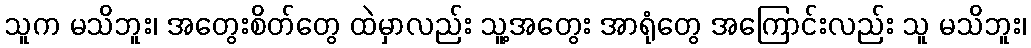
သူက မသိဘူး၊ အတွေးစိတ်တွေ ထဲမှာလည်း သူ့အတွေး အာရုံတွေ အကြောင်းလည်း သူ မသိဘူး၊